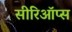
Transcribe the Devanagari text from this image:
सीरिऑप्स